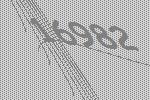
16982